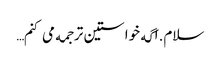
سلام.اگه خواستین ترجمه می کنم…